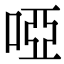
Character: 啞